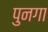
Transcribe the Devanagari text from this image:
पुनगा